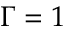
\Gamma = 1